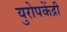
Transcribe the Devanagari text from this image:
युरोपकेंद्री